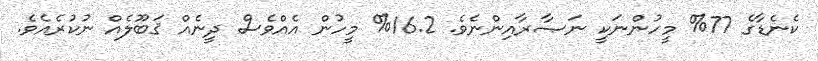
ކެނެޑާގެ 77% މީހުންނަކީ ނަޞާރާއިންނެވެ. 16.2% މީހުން އެއްވެސް ދީނެއް ޤަބޫލެއް ނުކުރެއެވެ.